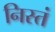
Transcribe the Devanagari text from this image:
निस्तं